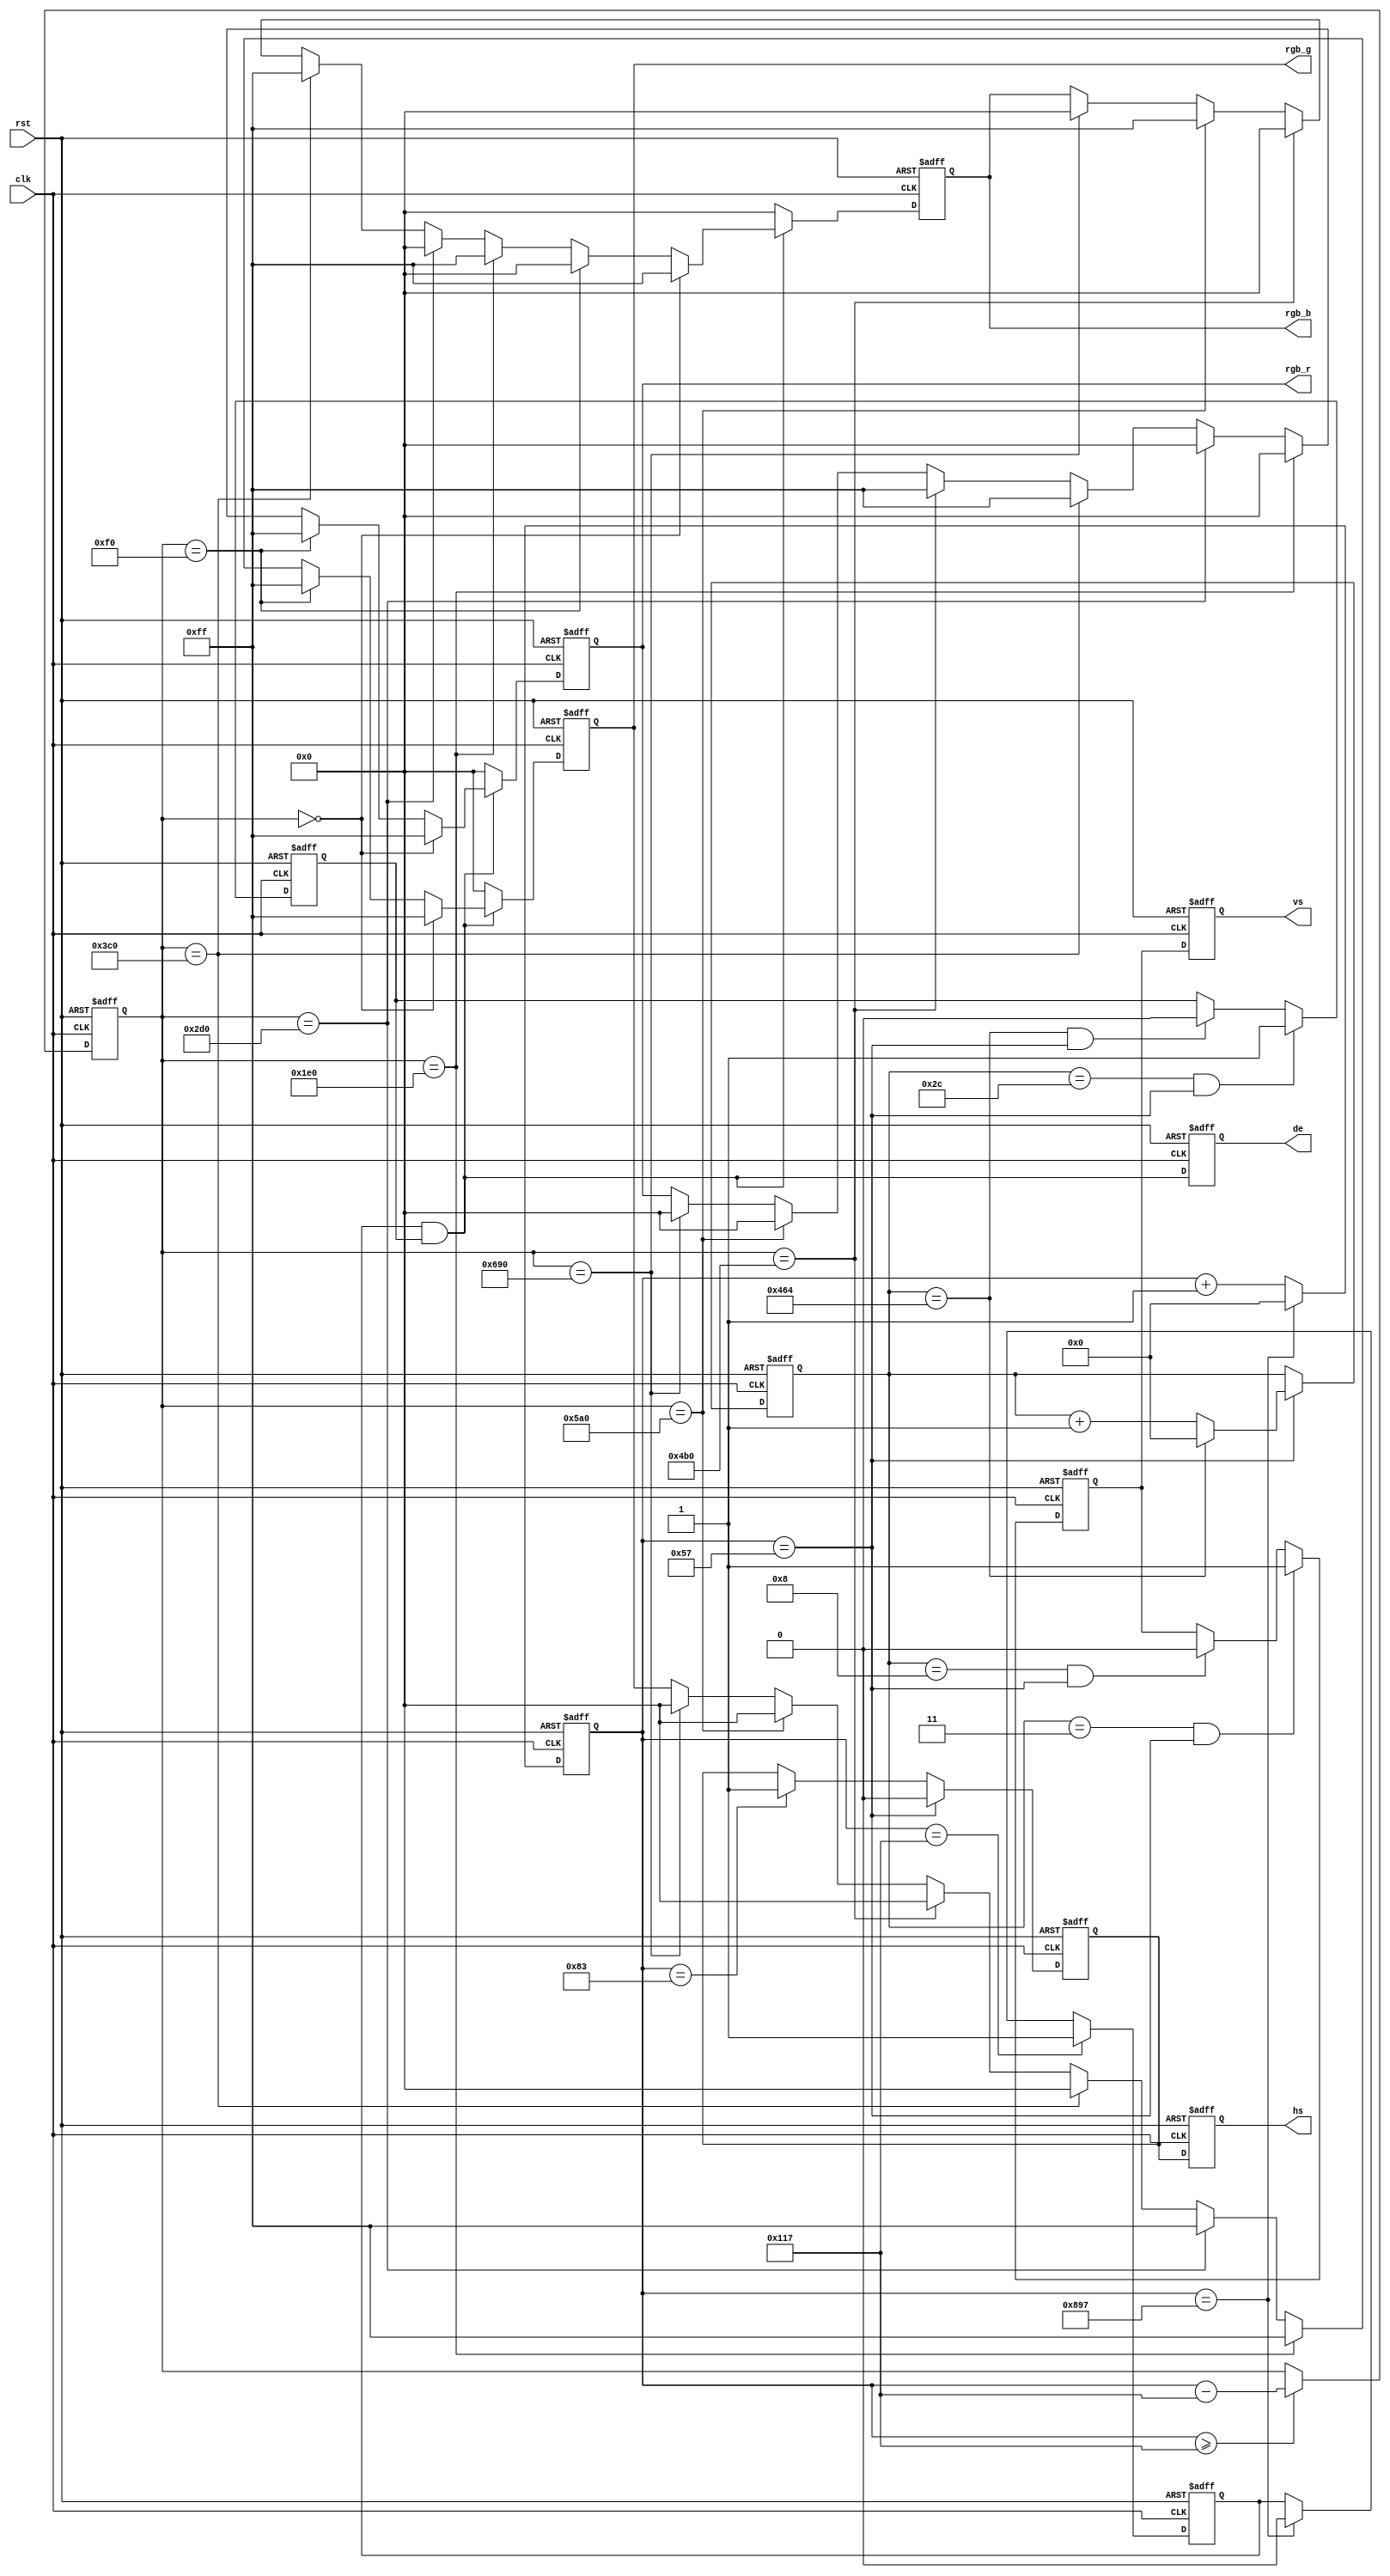
//---------------------------------------------------------------------------------------

module color_bar(
	input clk,            //1920x1080@60P,148.5Mhz
	input rst,            
	output hs,            
	output vs,            
	output de,            
	output[7:0] rgb_r,    
	output[7:0] rgb_g,    
	output[7:0] rgb_b     
);

parameter H_ACTIVE = 1920;  
parameter H_FP = 88;       
parameter H_SYNC = 44;      
parameter H_BP = 148;       
parameter V_ACTIVE = 1080;   
parameter V_FP 	= 4;        
parameter V_SYNC  = 5;      
parameter V_BP	= 36;       
parameter H_TOTAL = H_ACTIVE + H_FP + H_SYNC + H_BP;
parameter V_TOTAL = V_ACTIVE + V_FP + V_SYNC + V_BP;

parameter WHITE_R 		= 8'hff;
parameter WHITE_G 		= 8'hff;
parameter WHITE_B 		= 8'hff;
parameter YELLOW_R 		= 8'hff;
parameter YELLOW_G 		= 8'hff;
parameter YELLOW_B 		= 8'h00;                              	
parameter CYAN_R 		= 8'h00;
parameter CYAN_G 		= 8'hff;
parameter CYAN_B 		= 8'hff;                             	
parameter GREEN_R 		= 8'h00;
parameter GREEN_G 		= 8'hff;
parameter GREEN_B 		= 8'h00;
parameter MAGENTA_R 	= 8'hff;
parameter MAGENTA_G 	= 8'h00;
parameter MAGENTA_B 	= 8'hff;
parameter RED_R 		= 8'hff;
parameter RED_G 		= 8'h00;
parameter RED_B 		= 8'h00;
parameter BLUE_R 		= 8'h00;
parameter BLUE_G 		= 8'h00;
parameter BLUE_B 		= 8'hff;
parameter BLACK_R 		= 8'h00;
parameter BLACK_G 		= 8'h00;
parameter BLACK_B 		= 8'h00;
reg hs_reg;
reg vs_reg;
reg hs_reg_d0;
              
reg vs_reg_d0;
reg[11:0] h_cnt;
reg[11:0] v_cnt;
reg[11:0] active_x;
reg[11:0] active_y;
reg[7:0] rgb_r_reg;
reg[7:0] rgb_g_reg;
reg[7:0] rgb_b_reg;
reg h_active;
reg v_active;
wire video_active;
reg video_active_d0;
assign hs = hs_reg_d0;
assign vs = vs_reg_d0;
assign video_active = h_active & v_active;
assign de = video_active_d0;
assign rgb_r = rgb_r_reg;
assign rgb_g = rgb_g_reg;
assign rgb_b = rgb_b_reg;
always@(posedge clk or posedge rst)
begin
	if(rst)
		begin
			hs_reg_d0 <= 1'b1;
			vs_reg_d0 <= 1'b0;
			video_active_d0 <= 1'b0;
		end
	else
		begin
			hs_reg_d0 <= hs_reg;
			vs_reg_d0 <= vs_reg;
			video_active_d0 <= video_active;
		end
end

always@(posedge clk or posedge rst)
begin
	if(rst)
		h_cnt <= 12'd0;
	else if(h_cnt == H_TOTAL - 1)
		h_cnt <= 12'd0;
	else
		h_cnt <= h_cnt + 12'd1;
end

always@(posedge clk or posedge rst)
begin
	if(rst)
		active_x <= 12'd0;
	else if(h_cnt >= H_FP + H_SYNC + H_BP - 1)
		active_x <= h_cnt - (H_FP[11:0] + H_SYNC[11:0] + H_BP[11:0] - 12'd1);
	else
		active_x <= active_x;
end

always@(posedge clk or posedge rst)
begin
	if(rst)
		v_cnt <= 12'd0;
	else if(h_cnt == H_FP  - 1)
		if(v_cnt == V_TOTAL - 1)
			v_cnt <= 12'd0;
		else
			v_cnt <= v_cnt + 12'd1;
	else
		v_cnt <= v_cnt;
end

always@(posedge clk or posedge rst)
begin
	if(rst)
		hs_reg <= 1'b1;
	else if(h_cnt == H_FP - 1)
		hs_reg <= 1'b0;
	else if(h_cnt == H_FP + H_SYNC - 1)
		hs_reg <= 1'b1;
	else
		hs_reg <= hs_reg;
end

always@(posedge clk or posedge rst)
begin
	if(rst)
		h_active <= 1'b0;
	else if(h_cnt == H_FP + H_SYNC + H_BP - 1)
		h_active <= 1'b1;
	else if(h_cnt == H_TOTAL - 1)
		h_active <= 1'b0;
	else
		h_active <= h_active;
end

always@(posedge clk or posedge rst)
begin
	if(rst)
		vs_reg <= 1'd0;
	else if((v_cnt == V_FP - 1) && (h_cnt == H_FP - 1))
		vs_reg <= 1'b1;
	else if((v_cnt == V_FP + V_SYNC - 1) && (h_cnt == H_FP - 1))
		vs_reg <= 1'b0;	
	else
		vs_reg <= vs_reg;
end

always@(posedge clk or posedge rst)
begin
	if(rst)
		v_active <= 1'd0;
	else if((v_cnt == V_FP + V_SYNC + V_BP - 1) && (h_cnt == H_FP - 1))
		v_active <= 1'b1;
	else if((v_cnt == V_TOTAL - 1) && (h_cnt == H_FP - 1))
		v_active <= 1'b0;	
	else
		v_active <= v_active;
end

always@(posedge clk or posedge rst)
begin
	if(rst)
		begin
			rgb_r_reg <= 8'h00;
			rgb_g_reg <= 8'h00;
			rgb_b_reg <= 8'h00;
		end
	else if(video_active)
		if(active_x == 12'd0)
			begin
				rgb_r_reg <= WHITE_R;
				rgb_g_reg <= WHITE_G;
				rgb_b_reg <= WHITE_B;
			end
		else if(active_x == (H_ACTIVE/8) * 1)
			begin
				rgb_r_reg <= YELLOW_R;
				rgb_g_reg <= YELLOW_G;
				rgb_b_reg <= YELLOW_B;
			end			
		else if(active_x == (H_ACTIVE/8) * 2)
			begin
				rgb_r_reg <= CYAN_R;
				rgb_g_reg <= CYAN_G;
				rgb_b_reg <= CYAN_B;
			end
		else if(active_x == (H_ACTIVE/8) * 3)
			begin
				rgb_r_reg <= GREEN_R;
				rgb_g_reg <= GREEN_G;
				rgb_b_reg <= GREEN_B;
			end
		else if(active_x == (H_ACTIVE/8) * 4)
			begin
				rgb_r_reg <= MAGENTA_R;
				rgb_g_reg <= MAGENTA_G;
				rgb_b_reg <= MAGENTA_B;
			end
		else if(active_x == (H_ACTIVE/8) * 5)
			begin
				rgb_r_reg <= RED_R;
				rgb_g_reg <= RED_G;
				rgb_b_reg <= RED_B;
			end
		else if(active_x == (H_ACTIVE/8) * 6)
			begin
				rgb_r_reg <= BLUE_R;
				rgb_g_reg <= BLUE_G;
				rgb_b_reg <= BLUE_B;
			end	
		else if(active_x == (H_ACTIVE/8) * 7)
			begin
				rgb_r_reg <= BLACK_R;
				rgb_g_reg <= BLACK_G;
				rgb_b_reg <= BLACK_B;
			end
		else
			begin
				rgb_r_reg <= rgb_r_reg;
				rgb_g_reg <= rgb_g_reg;
				rgb_b_reg <= rgb_b_reg;
			end			
	else
		begin
			rgb_r_reg <= 8'h00;
			rgb_g_reg <= 8'h00;
			rgb_b_reg <= 8'h00;
		end
end

endmodule